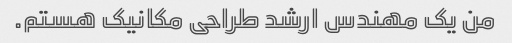
من یک مهندس ارشد طراحی مکانیک هستم.